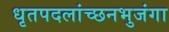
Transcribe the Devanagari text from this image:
धृतपदलांच्छनभुजंगा